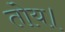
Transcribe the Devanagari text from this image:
तोय।